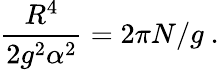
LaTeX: \frac{R^{4}}{2g^{2}\alpha^{2}}=2\pi N/g\ .